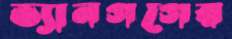
ভ্যানগগের